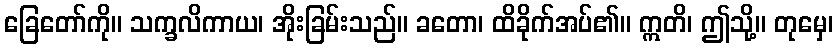
ခြေတော်ကို။ သက္ခလိကာယ၊ အိုးခြမ်းသည်။ ခတော၊ ထိခိုက်အပ်၏။ ဣတိ၊ ဤသို့။ တုမှေ၊